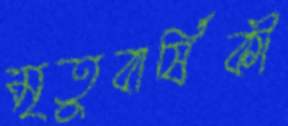
মৃতুবার্ষিকী